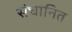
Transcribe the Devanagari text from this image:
संधानित